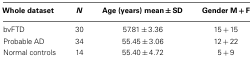
<table><thead><tr><td><b>Whole dataset</b></td><td><b><i>N</i></b></td><td><b>Age (years) mean ± SD</b></td><td><b>Gender M + F</b></td></tr></thead><tbody><tr><td>bvFTD</td><td>30</td><td>57.81 ± 3.36</td><td>15 + 15</td></tr><tr><td>Probable AD</td><td>34</td><td>55.45 ± 3.06</td><td>12 + 22</td></tr><tr><td>Normal controls</td><td>14</td><td>55.40 ± 4.72</td><td>5 + 9</td></tr></tbody></table>